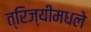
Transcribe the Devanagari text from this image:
त्रिज्यीमधले